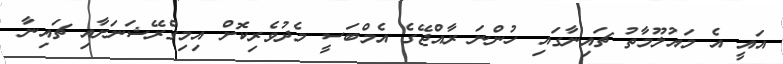
އައީ އެ މައުލޫމާތު ޗައިނާގައި ހުންނަ ރާއްޖޭގެ އެމްބަސީ މެދުވެރިކޮށް އިމިގްރޭޝަނަށާއި ޗައިނާ